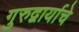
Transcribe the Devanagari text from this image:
गुरुद्वार्याचे